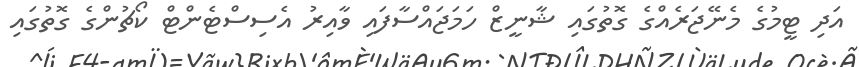
އަދި ޓީމުގެ މެނޭޖަރެއްގެ ގޮތުގައި ޝާނީޒް ހަމަޖައްސާފައި ވާއިރު އެސިސްޓެންޓް ކޯޗުންގެ ގޮތުގައި